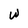
Character: W